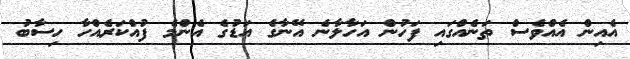
އެއިން އެއްވެސް ތަނެއްގައި ފަހުން އަހާލާނެ އޭނާގެ އަޑުގެ އެންމެ ފުއްކަރެއްހާ ހިސާބު